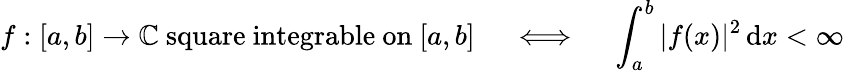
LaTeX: f:[a,b]\to\mathbb{C}{\mathrm{~square~integrable~on~}}[a,b]\quad\iff\quad\int_{a}^{b}|f(x)|^{2}\, \mathrm{d}x<\infty